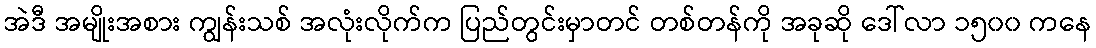
အဲဒီ အမျိုးအစား ကျွန်းသစ် အလုံးလိုက်က ပြည်တွင်းမှာတင် တစ်တန်ကို အခုဆို ဒေါ်လာ ၁၅၀၀ ကနေ